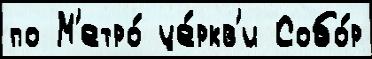
по М'етро́ це́ркв'и Собо́р